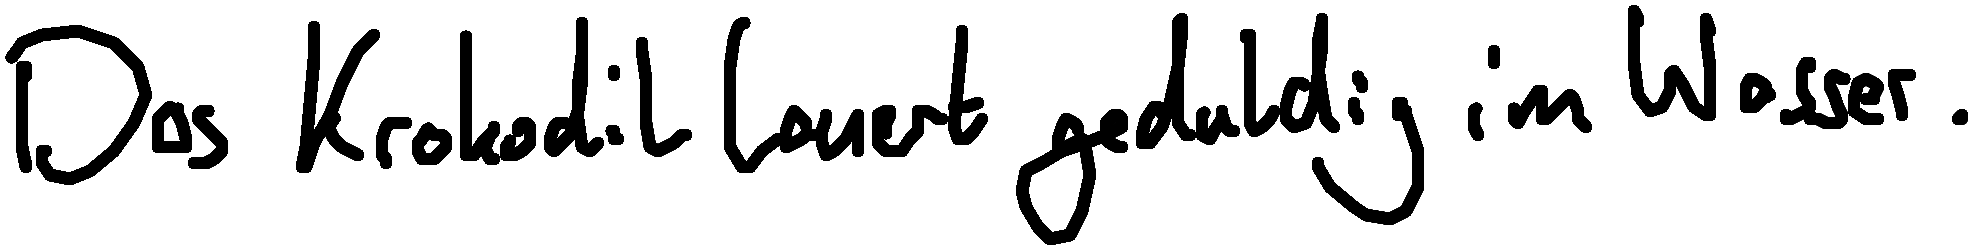
Das Krokodil lauert geduldig im Wasser.